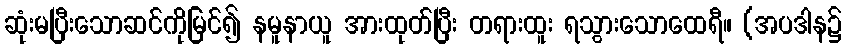
ဆုံးမပြီးသောဆင်ကိုမြင်၍ နမူနာယူ အားထုတ်ပြီး တရားထူး ရသွားသောထေရီ။ (အပဒါန၌